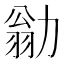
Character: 勜